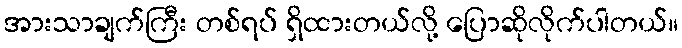
အားသာချက်ကြီး တစ်ရပ် ရှိထားတယ်လို့ ပြောဆိုလိုက်ပါတယ်။